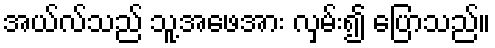
အယ်လ်သည် သူ့အဖေအား လှမ်း၍ ပြောသည်။